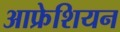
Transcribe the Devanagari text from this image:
आफ्रेशियन